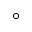
^ { \circ }